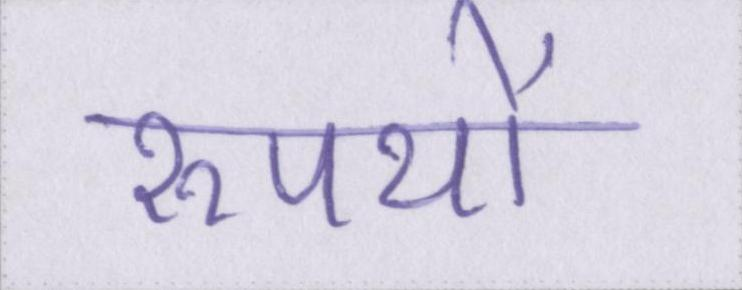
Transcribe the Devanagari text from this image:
रूपयों